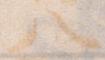
八